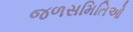
જળસમિતિઓ